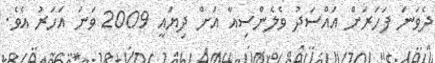
ދެވަނަ ފަހަރަށް އައްސަދު ވެލެންސިއާ އަށް ދިޔައީ 2009 ވަނަ އަހަރު އެވެ.